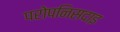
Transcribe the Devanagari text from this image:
परोपनिसदाइ